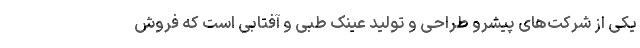
یکی از شرکت‌های پیشرو طراحی و تولید عینک طبی و آفتابی است که فروش